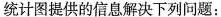
统计图提供的信息解决下列问题：